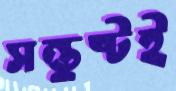
সন্তুষ্টই